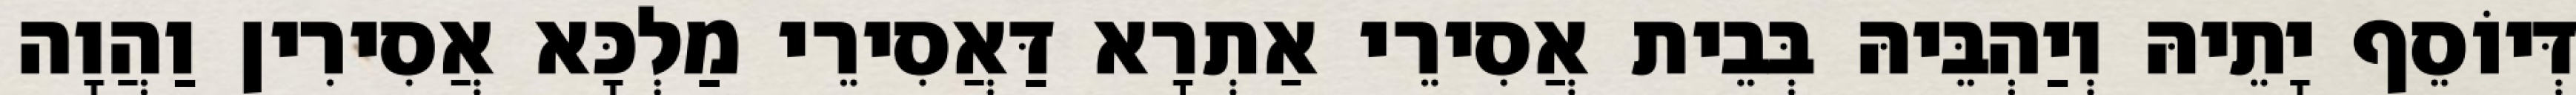
דְּיוֹסֵף יָתֵיהּ וְיַהְבֵּיהּ בְּבֵית אֲסִירֵי אַתְרָא דַּאֲסִירֵי מַלְכָּא אֲסִירִין וַהֲוָה